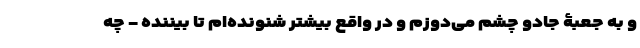
و به جعبۀ جادو چشم می‌دوزم و در واقع بیشتر شنونده‌ام تا بیننده - چه